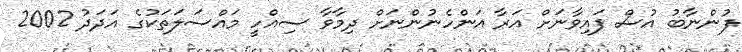
ފުންނާބު އުސް ފައިވާނަށް އަރާ އަންހެނުންނަށް ދިމާވާ ސިއްހީ މައްސަލަތަކުގެ އަދަދު 2002